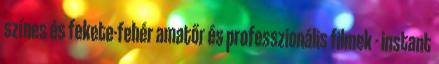
színes és fekete-fehér amatőr és professzionális filmek - instant